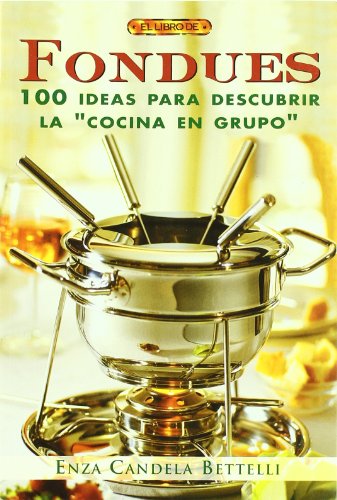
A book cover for El Libro de Fondues / The Fondues Book: 100 Ideas para descubrir la cocina en grupo / 100 Ideas to Discover Cooking in Groups; Enza Candela Betelli; Cookbooks, Food & Wine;